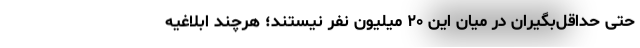
حتی حداقل‌بگیران در میان این ۲۰ میلیون نفر نیستند؛ هرچند ابلاغیه